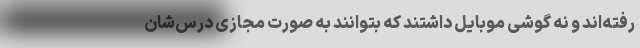
رفته‌اند و نه گوشی موبایل داشتند که بتوانند به صورت مجازی درس‌شان